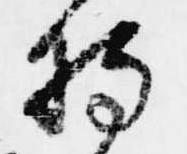
持